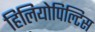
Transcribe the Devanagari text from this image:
हिलियोपिल्टिस